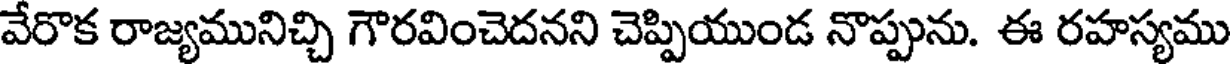
వేరొక రాజ్యమునిచ్చి గౌరవించెదనని చెప్పియుండ నొప్పును. ఈ రహస్యము